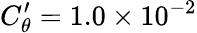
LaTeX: C_{\theta}^{\prime}=1.0\times 10^{-2}